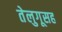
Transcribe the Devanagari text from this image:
तेलुगूसह